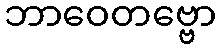
ဘာဝေတဗ္ဗော